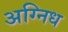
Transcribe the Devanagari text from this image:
अग्निध